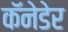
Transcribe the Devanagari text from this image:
कॅनेडेर